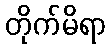
တိုက်မိရာ